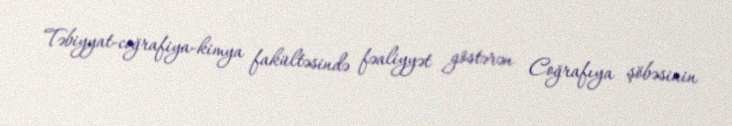
Təbiyyat-coğrafiya-kimya fakültəsində fəaliyyət göstərən Coğrafıya şöbəsinin